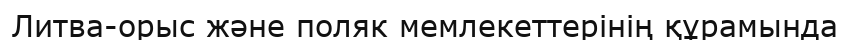
Литва-орыс және поляк мемлекеттерінің құрамында